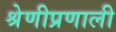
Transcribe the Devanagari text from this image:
श्रेणीप्रणाली